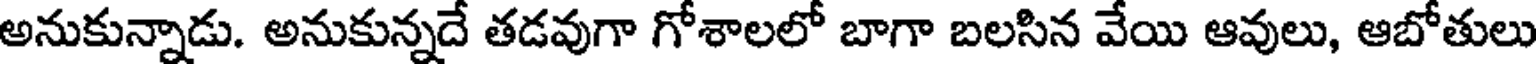
అనుకున్నాడు. అనుకున్నదే తడవుగా గోశాలలో బాగా బలసిన వేయి ఆవులు, ఆబోతులు